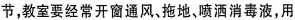
节，教室要经常开窗通风，拖地，喷洒消毒液，用